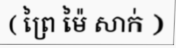
( ព្រៃ ម៉ៃ សាក់ )